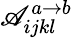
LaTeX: \mathscr{A}_{ijkl}^{a\rightarrow b}